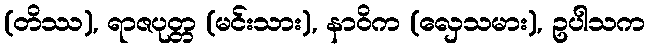
(တိဿ), ရာဇပုတ္တ (မင်းသား), နာဝိက (လှေသမား), ဥပါသက